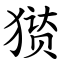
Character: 㺆